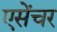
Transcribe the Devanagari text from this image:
एसेंचर